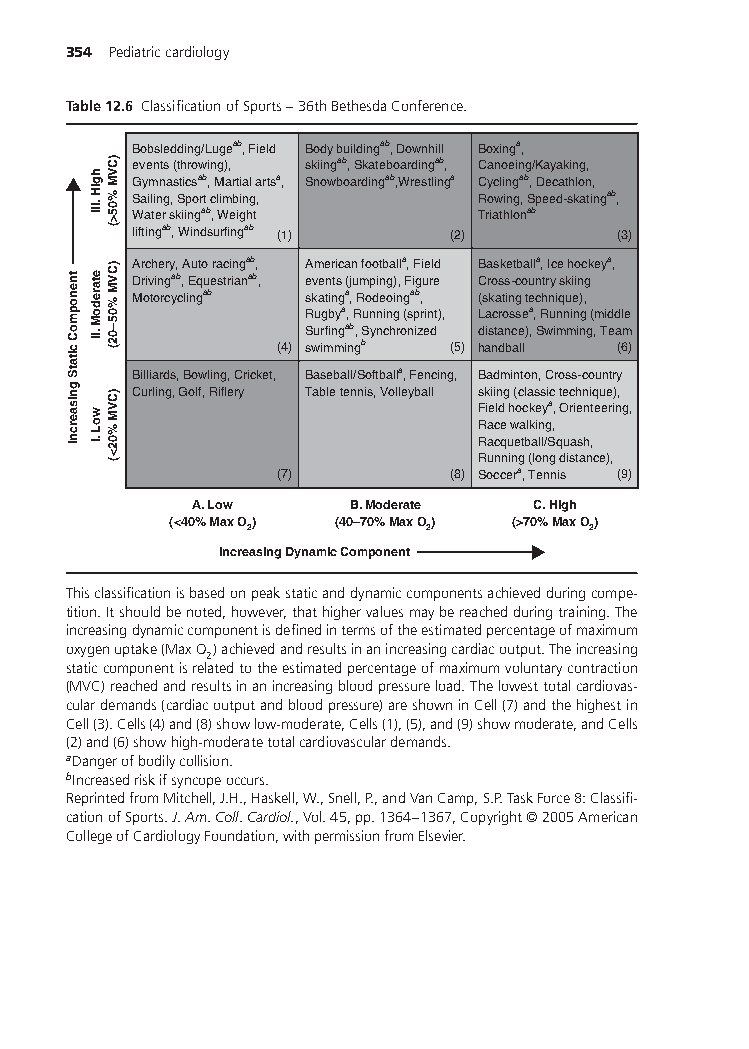
354 Pediatriccardiology
 Table12.6 ClassificationofSports–36thBethesdaConference.
 Bobsledding/Lugeab, Field Body buildingab, Downhill Boxinga,
 events (throwing), skiingab, Skateboardingab, Canoeing/Kayaking,
 Gymnasticsab, Martial artsa, Snowboardingab,Wrestlinga Cyclingab, Decathlon,
 Sailing, Sport climbing, Rowing, Speed-skatingab, Water skiingab, Weight Triathlonab
 liftingab, Windsurfingab
 (1)        (2)        (3)
 Archery, Auto racingab, American footballa, Field Basketballa, Ice hockeya,
 Drivingab, Equestrianab, events (jumping), Figure Cross-country skiing
 Motorcyclingab skatinga, Rodeoingab, (skating technique),
 Rugbya, Running (sprint), Lacrossea, Running (middle
 Surfingab, Synchronized distance), Swimming, Team
 (4) swimmingb (5) handball (6)
 Billiards, Bowling, Cricket, Baseball/Softballa, Fencing, Badminton, Cross-country
 Curling, Golf, Riflery Table tennis, Volleyball skiing (classic technique),
 Field hockeya, Orienteering,
 Race walking,
 Racquetball/Squash,
 Running (long distance),
 (7)        (8) Soccera, Tennis (9)
 A. Low     B. Moderate C. High
 (<40% Max O) (40–70% Max O) (>70% Max O)
 2           2         2
 Increasing Dynamic Component
 Thisclassificationisbasedonpeakstaticanddynamiccomponentsachievedduringcompe-
 tition.Itshouldbenoted,however,thathighervaluesmaybereachedduringtraining.The
 increasingdynamiccomponentisdefinedintermsoftheestimatedpercentageofmaximum
 oxygenuptake(MaxO )achievedandresultsinanincreasingcardiacoutput.Theincreasing
 2
 staticcomponentisrelatedtotheestimatedpercentageofmaximumvoluntarycontraction
 (MVC)reachedandresultsinanincreasingbloodpressureload.Thelowesttotalcardiovas-
 culardemands(cardiacoutputandbloodpressure)areshowninCell(7)andthehighestin
 Cell(3).Cells(4)and(8)showlow-moderate,Cells(1),(5),and(9)showmoderate,andCells
 (2)and(6)showhigh-moderatetotalcardiovasculardemands.
 aDangerofbodilycollision.
 bIncreasedriskifsyncopeoccurs.
 ReprintedfromMitchell,J.H.,Haskell,W.,Snell,P.,andVanCamp,S.P.TaskForce8:Classifi-
 cationofSports.J.Am.Coll.Cardiol.,Vol.45,pp.1364–1367,Copyright©2005American
 CollegeofCardiologyFoundation,withpermissionfromElsevier.
 tnenopmoC
 citatS
 gnisaercnI
 hgiH
 .III
 etaredoM
 .II
 woL
 .I
 )CVM
 %05>(
 )CVM
 %05–02(
 )CVM
 %02<(